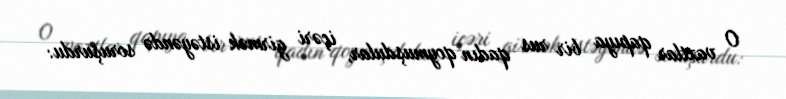
O vaxtlar qapıya bir rus qadın qoymuşdular, içəri girmək istəyəndə soruşurdu: